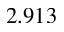
2 . 9 1 3